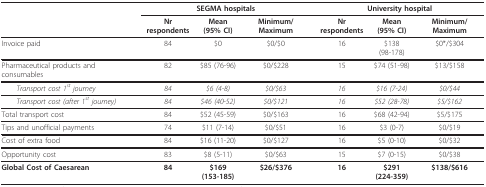
<table><thead><tr><td></td><td colspan="3"><b>SEGMA hospitals</b></td><td colspan="3"><b>University hospital</b></td></tr><tr><td></td><td><b>Nr respondents</b></td><td><b>Mean(95% CI)</b></td><td><b>Minimum/Maximum</b></td><td><b>Nr respondents</b></td><td><b>Mean(95% CI)</b></td><td><b>Minimum/Maximum</b></td></tr></thead><tbody><tr><td>Invoice paid</td><td>84</td><td>$0</td><td>$0/$0</td><td>16</td><td>$138(98-178)</td><td>$0*/$304</td></tr><tr><td>Pharmaceutical products and consumables</td><td>82</td><td>$85 (76-96)</td><td>$0/$228</td><td>15</td><td>$74 (51-98)</td><td>$13/$158</td></tr><tr><td> <i>Transport cost 1<sup>st </sup>journey</i></td><td><i>84</i></td><td><i>$6 (4-8)</i></td><td><i>$0/$63</i></td><td><i>16</i></td><td><i>$16 (7-24)</i></td><td><i>$0/$44</i></td></tr><tr><td> <i>Transport cost (after 1<sup>st </sup>journey)</i></td><td><i>84</i></td><td><i>$46 (40-52)</i></td><td><i>$0/$121</i></td><td><i>16</i></td><td><i>$52 (28-78)</i></td><td><i>$5/$162</i></td></tr><tr><td>Total transport cost</td><td>84</td><td>$52 (45-59)</td><td>$0/$163</td><td>16</td><td>$68 (42-94)</td><td>$5/$175</td></tr><tr><td>Tips and unofficial payments</td><td>74</td><td>$11 (7-14)</td><td>$0/$51</td><td>16</td><td>$3 (0-7)</td><td>$0/$19</td></tr><tr><td>Cost of extra food</td><td>84</td><td>$16 (11-20)</td><td>$0/$127</td><td>16</td><td>$5 (0-10)</td><td>$0/$32</td></tr><tr><td>Opportunity cost</td><td>83</td><td>$8 (5-11)</td><td>$0/$63</td><td>15</td><td>$7 (0-15)</td><td>$0/$38</td></tr><tr><td><b>Global Cost of Caesarean</b></td><td><b>84</b></td><td><b>$169</b><b>(153-185)</b></td><td><b>$26/$376</b></td><td><b>16</b></td><td><b>$291</b><b>(224-359)</b></td><td><b>$138/$616</b></td></tr></tbody></table>